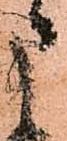
申